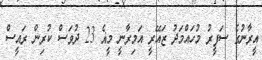
އީރާނުގެ ސަފީރު މުހައްމަދު ޒައޭރީ އަމިރާނީ މީޣެ 23 ދުވަސް ކުރިން ރައީސް